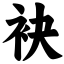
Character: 袂